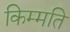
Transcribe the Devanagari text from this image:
किम्मति